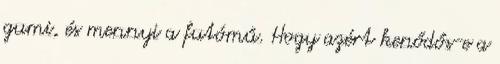
gumi, és mennyi a futómű. Hogy azért kenődős-e a